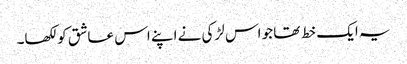
یہ ایک خط تھا جو اس لڑکی نے اپنے اس عاشق کو لکھا۔